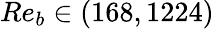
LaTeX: Re_{b}\in(168,1224)